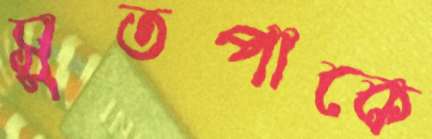
সুতপাকে